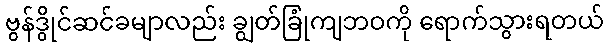
ဗွန်ဒွိုင်ဆင်ခမျာလည်း ချွတ်ခြုံကျဘဝကို ရောက်သွားရတယ်